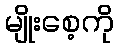
မျိုးစေ့ကို